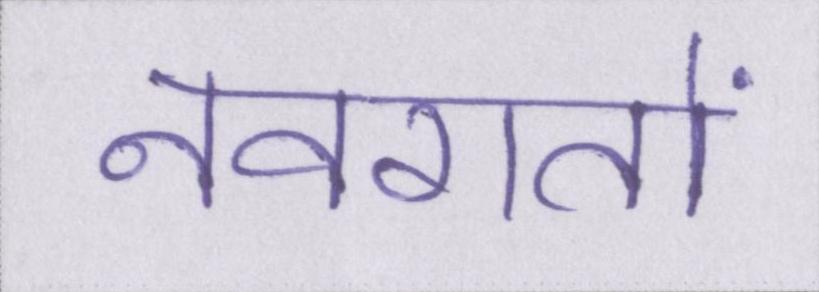
नवरातों